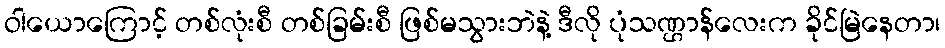
ဝါယောကြောင့် တစ်လုံးစီ တစ်ခြမ်းစီ ဖြစ်မသွားဘဲနဲ့ ဒီလို ပုံသဏ္ဌာန်လေးက ခိုင်မြဲနေတာ၊